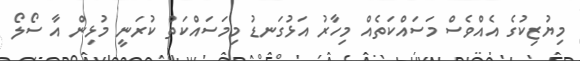
މިޔުޒިކުގެ އެއްވެސް މަސައްކަތެއް މިހާރު އަޅުގަނޑު މިމަސައްކަތް ކުރަނީ މުޅިން އާ ސޯލޯ